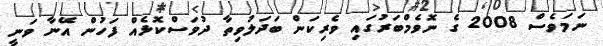
ނަމަވެސް 2008 ގެ ނޮވެމްބަރުގައި ވެރިކަން ބަދަލުވިތާ ދުވަސްކޮޅެއް ފަހުން އޭނާ ވަނީ